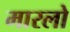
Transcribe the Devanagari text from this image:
मारलो